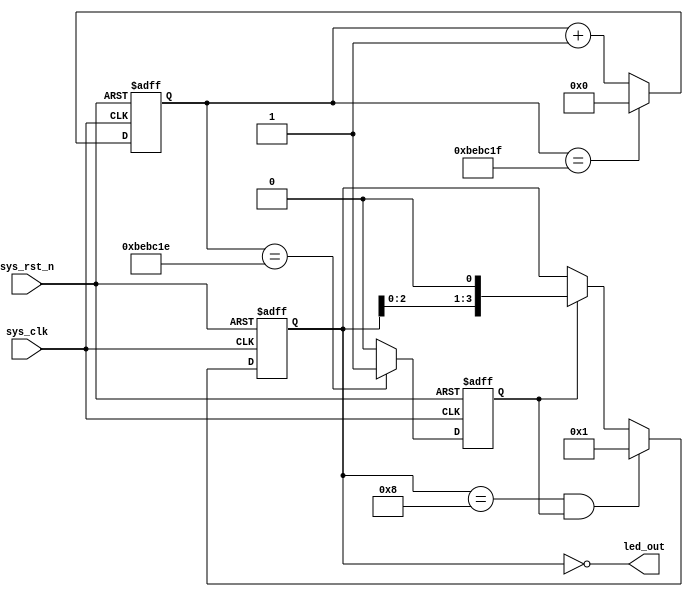
module  water_led
#(
    // parameter   CNT_MAX = 25'd24_999_999
    parameter   CNT_MAX = 25'd12_499_999
)
(
    input   wire            sys_clk     ,
    input   wire            sys_rst_n   ,
    
    output  wire    [3:0]   led_out
);

reg     [24:0]  cnt         ;
reg             cnt_flag    ;
reg     [3:0]   led_out_reg ;

always@(posedge sys_clk or negedge sys_rst_n)
    if(sys_rst_n == 1'b0)
        cnt <= 25'd0;
    else    if(cnt == CNT_MAX)
        cnt <= 25'd0;
    else
        cnt <= cnt + 1'd1;

always@(posedge sys_clk or negedge sys_rst_n)
    if(sys_rst_n == 1'b0)
        cnt_flag <= 1'b0;
    else    if(cnt == CNT_MAX - 25'd1)
        cnt_flag <= 1'b1;
    else
        cnt_flag <= 1'b0;
        
always@(posedge sys_clk or negedge sys_rst_n)
    if(sys_rst_n == 1'b0)
        led_out_reg <= 4'b0001;
    else    if(led_out_reg == 4'b1000 && cnt_flag == 1'b1)
        led_out_reg <= 4'b0001;
    else    if(cnt_flag == 1'b1)
        led_out_reg <= led_out_reg << 1;
    else
        led_out_reg <= led_out_reg;
       
assign led_out = ~led_out_reg;
       
endmodule